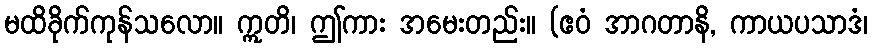
မထိခိုက်ကုန်သလော။ ဣတိ၊ ဤကား အမေးတည်း။ (ဧဝံ အာဂတာနိ, ကာယပသာဒံ၊